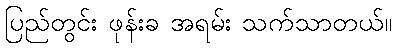
ပြည်တွင်း ဖုန်းခ အရမ်း သက်သာတယ်။